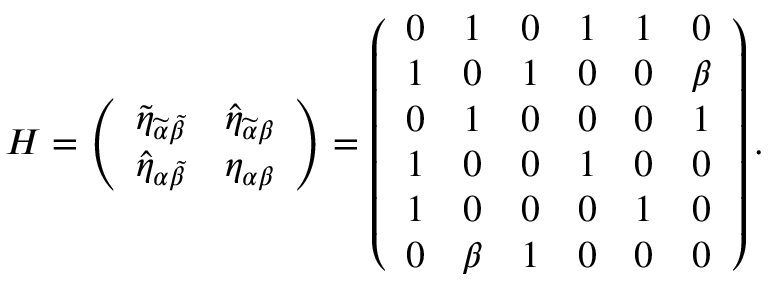
H = \left( \begin{array} { c c } { { \widetilde { \eta } _ { \widetilde { \alpha } \widetilde { \beta } } } } & { { \widehat { \eta } _ { \widetilde { \alpha } \beta } } } \\ { { \widehat { \eta } _ { \alpha \widetilde { \beta } } } } & { { \eta _ { \alpha \beta } } } \end{array} \right) = \left( \begin{array} { c c c c c c } { { 0 } } & { { 1 } } & { { 0 } } & { { 1 } } & { { 1 } } & { { 0 } } \\ { { 1 } } & { { 0 } } & { { 1 } } & { { 0 } } & { { 0 } } & { { \beta } } \\ { { 0 } } & { { 1 } } & { { 0 } } & { { 0 } } & { { 0 } } & { { 1 } } \\ { { 1 } } & { { 0 } } & { { 0 } } & { { 1 } } & { { 0 } } & { { 0 } } \\ { { 1 } } & { { 0 } } & { { 0 } } & { { 0 } } & { { 1 } } & { { 0 } } \\ { { 0 } } & { { \beta } } & { { 1 } } & { { 0 } } & { { 0 } } & { { 0 } } \end{array} \right) .